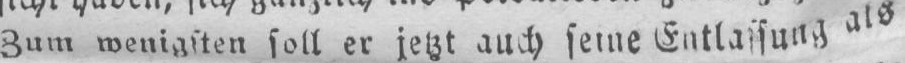
Zum wenigsten soll er jetzt auch seine Entlassung als